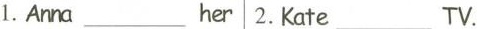
1.Anna___her 2.Kate___TV.